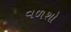
વળશો